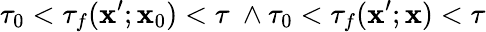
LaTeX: \tau_{0}<\tau_{f}(\mathbf{x}^{\prime};\mathbf{x}_{0})<\tau~\land\tau_{0}<\tau_{f}(\mathbf{x}^{\prime};\mathbf{x})<\tau